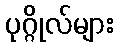
ပုဂ္ဂိုလ်များ